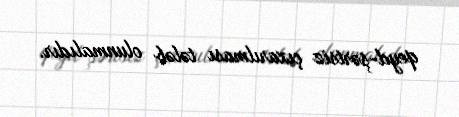
qeyd-şərtsiz çıxarılması tələb olunmalıdır.